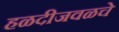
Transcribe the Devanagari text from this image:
हळदीजवळचे